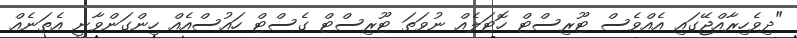
"ދިވެހިރާއްޖޭގައި އެއްވެސް ޓޫރިސްޓް ހޮޓަލެއް ނުވަތަ ޓޫރިސްޓް ގެސްޓް ހައުސްއެއް ހިންގަންވާނީ އެތަނެއް